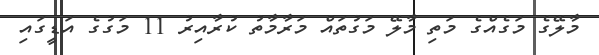
މާލޭގެ މަގެއްގެ މަތި މާލޭ މަގުތައް މަރާމާތު ކުރާއިރު 11 މަގުގެ އަޑީގައި